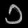
Digit: ၁